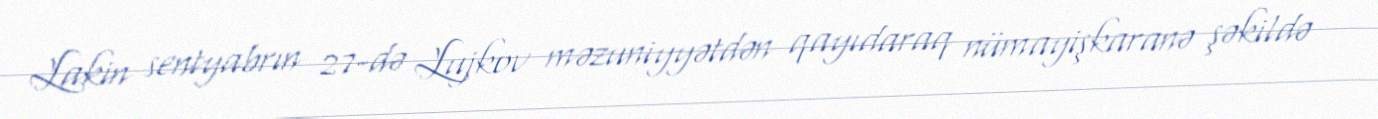
Lakin sentyabrın 27-də Lujkov məzuniyyətdən qayıdaraq nümayişkaranə şəkildə